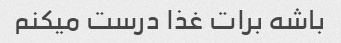
باشه برات غذا درست میکنم